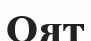
Оят